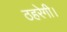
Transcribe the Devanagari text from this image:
ठहरेगी।